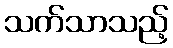
သက်သာသည့်